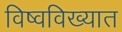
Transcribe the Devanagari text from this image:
विष्वविख्यात